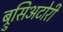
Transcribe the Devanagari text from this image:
ब्रुसिअटोरी